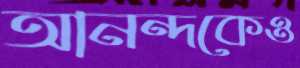
আনন্দকেও